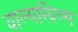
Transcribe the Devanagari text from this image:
वाल्यखिल्य